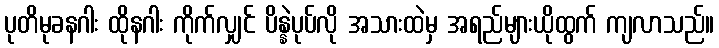
ပုတိမုခနဂါး ထိုနဂါး ကိုက်လျှင် ပိန္နဲပုပ်လို အသားထဲမှ အရည်များယိုထွက် ကျလာသည်။